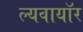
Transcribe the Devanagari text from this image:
ल्यवायॉर